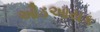
ઔડઆયક